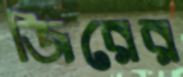
জিরের